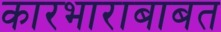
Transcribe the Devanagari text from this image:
कारभाराबाबत